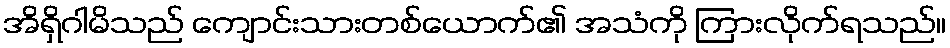
အိရှိဂါမိသည် ကျောင်းသားတစ်ယောက်၏ အသံကို ကြားလိုက်ရသည်။